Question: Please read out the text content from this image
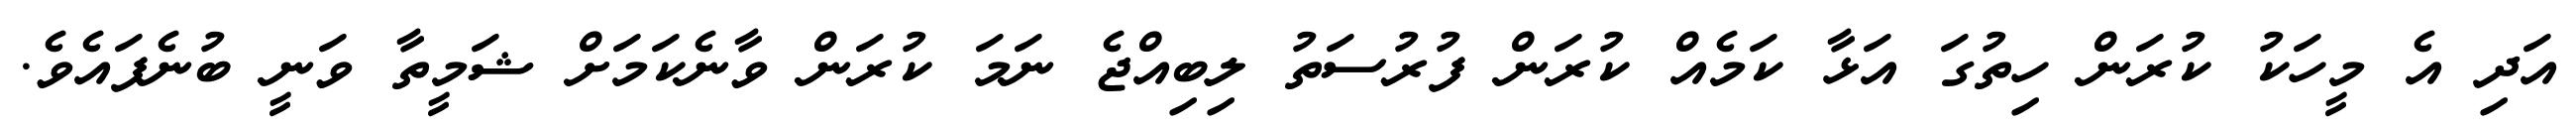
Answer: އަދި އެ މީހަކު ކުރަން ހިތުގަ އަޅާ ކަމެއް ކުރަން ފުރުސަތު ލިބިއްޖެ ނަމަ ކުރަން ވާނެކަމަށް ޝަމީތާ ވަނީ ބުނެފައެވެ.